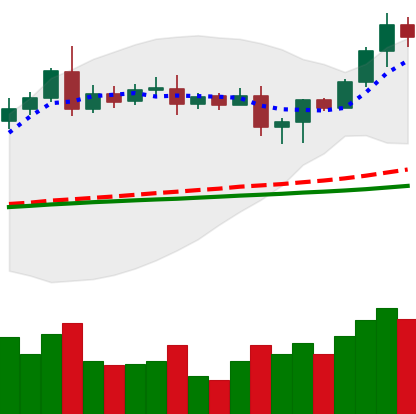
Ticker: LTC-USD
Chart end date: 2020-08-18
Forward return: -7.484%
Label: down_7plus